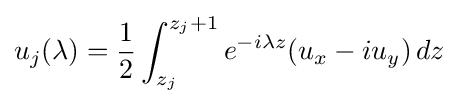
u_{j}(\lambda )={\frac {1}{2}}\int _{z_{j}}^{z_{j}+1}e^{-i\lambda z}(u_{x}-iu_{y})\,dz